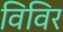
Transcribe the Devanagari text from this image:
विविर